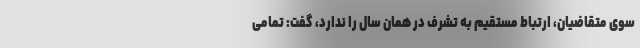
سوی متقاضیان، ارتباط مستقیم به تشرف در همان سال را ندارد، گفت: تمامی